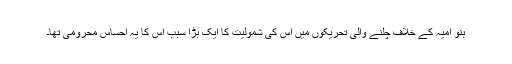
بنو امیہ کے خلاف چلنے والی تحریکوں میں اس کی شمولیت کا ایک بڑا سبب اس کا یہ احساس محرومی تھا۔